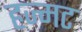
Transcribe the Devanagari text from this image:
हज्मट